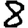
Digit: 8